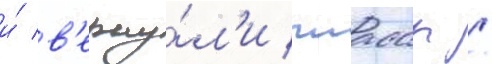
и́ в'ерну́л'и чиасср /